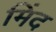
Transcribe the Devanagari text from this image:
मिंद